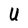
Character: U